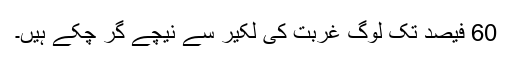
60 فیصد تک لوگ غربت کی لکیر سے نیچے گر چکے ہیں۔